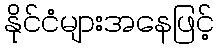
နိုင်ငံများအနေဖြင့်